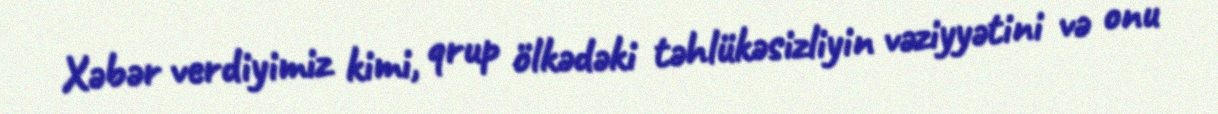
Xəbər verdiyimiz kimi, qrup ölkədəki təhlükəsizliyin vəziyyətini və onu